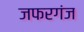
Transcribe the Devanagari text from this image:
जफरगंज